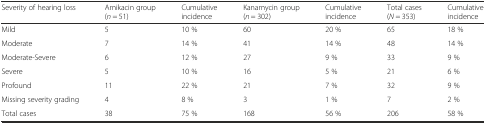
<table><thead><tr><td><b>Severity of hearing loss</b></td><td><b>Amikacin group (<i>n</i> = 51)</b></td><td><b>Cumulative incidence</b></td><td><b>Kanamycin group (<i>n</i> = 302)</b></td><td><b>Cumulative incidence</b></td><td><b>Total cases (<i>N</i> = 353)</b></td><td><b>Cumulative incidence</b></td></tr></thead><tbody><tr><td>Mild</td><td>5</td><td>10 %</td><td>60</td><td>20 %</td><td>65</td><td>18 %</td></tr><tr><td>Moderate</td><td>7</td><td>14 %</td><td>41</td><td>14 %</td><td>48</td><td>14 %</td></tr><tr><td>Moderate-Severe</td><td>6</td><td>12 %</td><td>27</td><td>9 %</td><td>33</td><td>9 %</td></tr><tr><td>Severe</td><td>5</td><td>10 %</td><td>16</td><td>5 %</td><td>21</td><td>6 %</td></tr><tr><td>Profound</td><td>11</td><td>22 %</td><td>21</td><td>7 %</td><td>32</td><td>9 %</td></tr><tr><td>Missing severity grading</td><td>4</td><td>8 %</td><td>3</td><td>1 %</td><td>7</td><td>2 %</td></tr><tr><td>Total cases</td><td>38</td><td>75 %</td><td>168</td><td>56 %</td><td>206</td><td>58 %</td></tr></tbody></table>